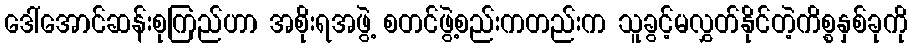
ဒေါ်အောင်ဆန်းစုကြည်ဟာ အစိုးရအဖွဲ့ စတင်ဖွဲ့စည်းကတည်းက သူခွင့်မလွှတ်နိုင်တဲ့ကိစ္စနှစ်ခုကို